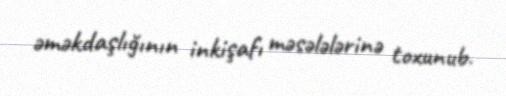
əməkdaşlığının inkişafı məsələlərinə toxunub.